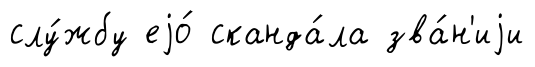
слу́жбу еjо́ сканда́ла зва́н'иjи